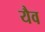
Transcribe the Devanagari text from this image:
यैव